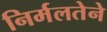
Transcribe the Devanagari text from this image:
निर्मलतेने